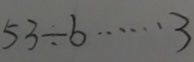
5 3 \div b \cdots 3